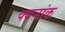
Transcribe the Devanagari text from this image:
क्वनांक